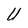
Character: U